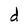
Character: d